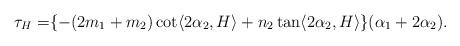
LaTeX: \begin{align*}\tau_{H}=&\{-(2m_{1}+m_{2})\cot\langle 2\alpha_{2}, H \rangle+n_{2}\tan\langle 2\alpha_{2}, H \rangle\}(\alpha_{1}+2\alpha_{2}).\end{align*}